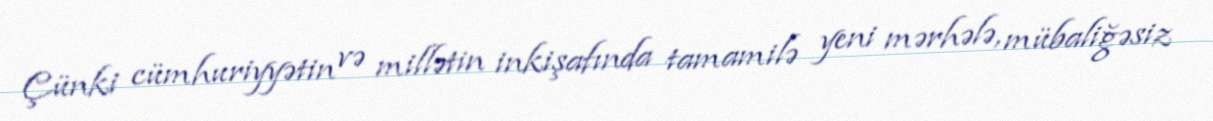
Çünki cümhuriyyətin və millətin inkişafında tamamilə yeni mərhələ, mübaliğəsiz